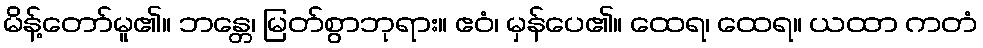
မိန့်တော်မူ၏။ ဘန္တေ၊ မြတ်စွာဘုရား။ ဧဝံ၊ မှန်ပေ၏။ ထေရ၊ ထေရ။ ယထာ ကတံ